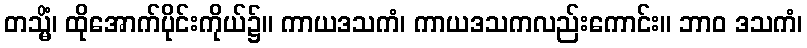
တသ္မိံ၊ ထိုအောက်ပိုင်းကိုယ်၌။ ကာယဒသကံ၊ ကာယဒသကလည်းကောင်း။ ဘာဝ ဒသကံ၊